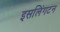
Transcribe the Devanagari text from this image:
इसलिंगटन